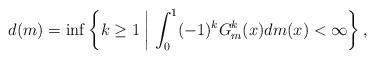
LaTeX: \begin{align*} d(m) = \inf\left\{k \geq 1 \;\middle|\; \int_{0}^{1}(-1)^kG^k_m(x)dm(x) < \infty \right\}, \end{align*}